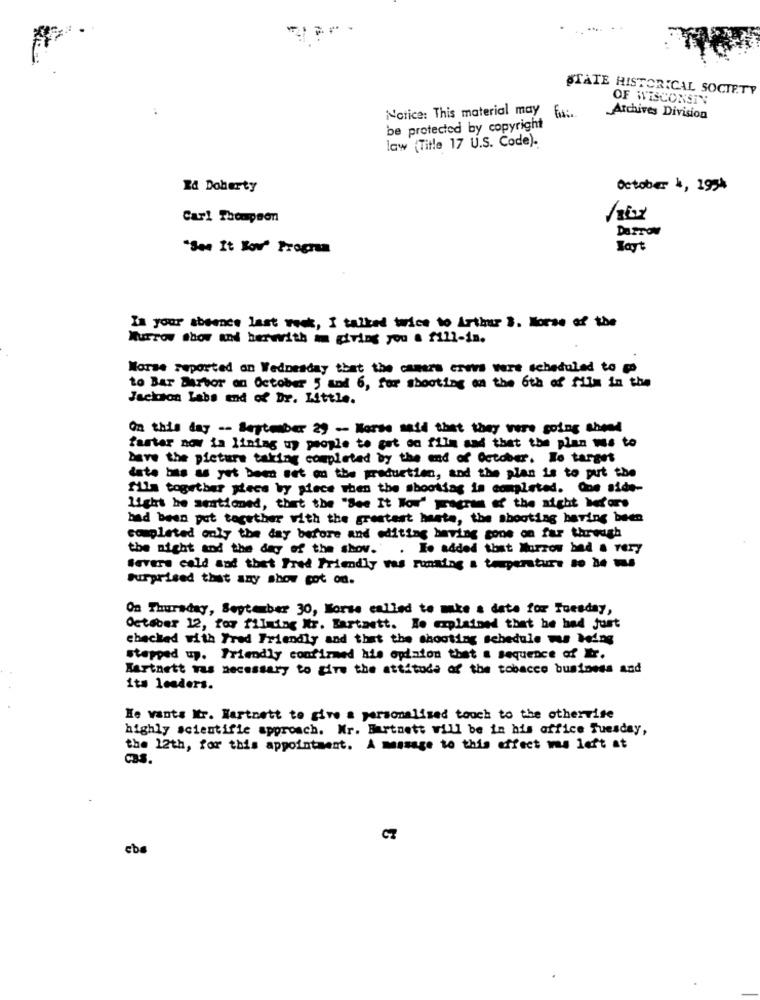
STATE HISTORICAL SOCIETY
OF WISCONSIN
Notice: This material may fix:
Archives Division
be protected by copyright
law (Title 17 U.S. Code).
Id Doherty
October 1, 1934
Carl Thompson
DarTOM
"See It Bov' Program
Hoyt
In your absence last week, I talked twice to Arthur S. Horse of the
Murrow show and herwith im giving you a fill-in.
Worse reported on Wednesday that the camera eres were scheduled to go
to Bar Derbor on October 5 and 6, for shooting on the 6th of film in the
Jackson Labs end of Dr. Little.
On this day -. September 29 - Horse said that they were going abend
farter now in lining up people to cat on file and that the plan wa to
Dave the picture taking completed by the end of October. No target
date has as yet been set on the production, and the plan is to put the
film together piece by piece when the shooting is completed. Que side-
light he setioned, that the "See It Wou" program of the night before
bad been put together with the greatest haste, the shooting having been
completed only the day before and editing having gone on far through
the night and the day of the shov.
. Io added that Murrow bed & very
Severs cold and thet Fred Friendly was running a temperature to be tus
Surprised that any show cot on.
On Thursday, September 30, Borse called to make a data for Tuesday,
October 12, for filming Mtr. Bartaett. He explained that he had just
checked with Fred Friendly and that the shooting schedule wu Ming
stepped up. Friendly confirmed his opinion that a sequence of r.
Hartnett was necessary to give the attitude of the tobacco business and
1ta leaders.
He wants Mtr. Wartoett to give a personalised touch to the otherwise
highly scientific approach. Mr. Burtnett will be in his office Tuesday,
the 12th, for this appointment. A message to this effect was left st
C7
cba